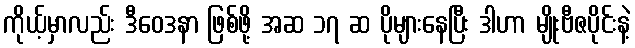
ကိုယ့်မှာလည်း ဒီဝေဒနာ ဖြစ်ဖို့ အဆ ၁၇ ဆ ပိုများနေပြီး ဒါဟာ မျိုးဗီဇပိုင်းနဲ့